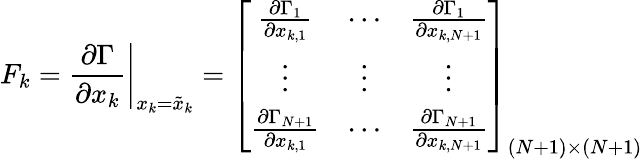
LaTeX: F_{k}=\left.\frac{\partial\Gamma}{\partial x_{k}}\right|_{x_{k}=\tilde{x}_{k}}=\left[\begin{array}{ccc}{\frac{\partial\Gamma_{1}}{\partial x_{k,1}}}&{\cdots}&{\frac{\partial\Gamma_{1}}{\partial x_{k,N+1}}}\\ {\vdots}&{\vdots}&{\vdots}\\ {\frac{\partial\Gamma_{N+1}}{\partial x_{k,1}}}&{\cdots}&{\frac{\partial\Gamma_{N+1}}{\partial x_{k,N+1}}}\end{array}\right]_{(N+1)\times(N+1)}